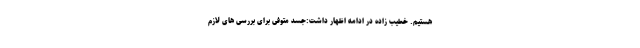
هستیم. خطیب زاده در ادامه اظهار داشت:جسد متوفی برای بررسی های لازم